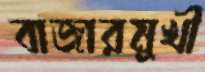
বাজারমুখী